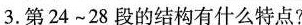
3.第24~28段的结构有什么特点?